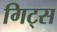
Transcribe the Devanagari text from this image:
गिट्स